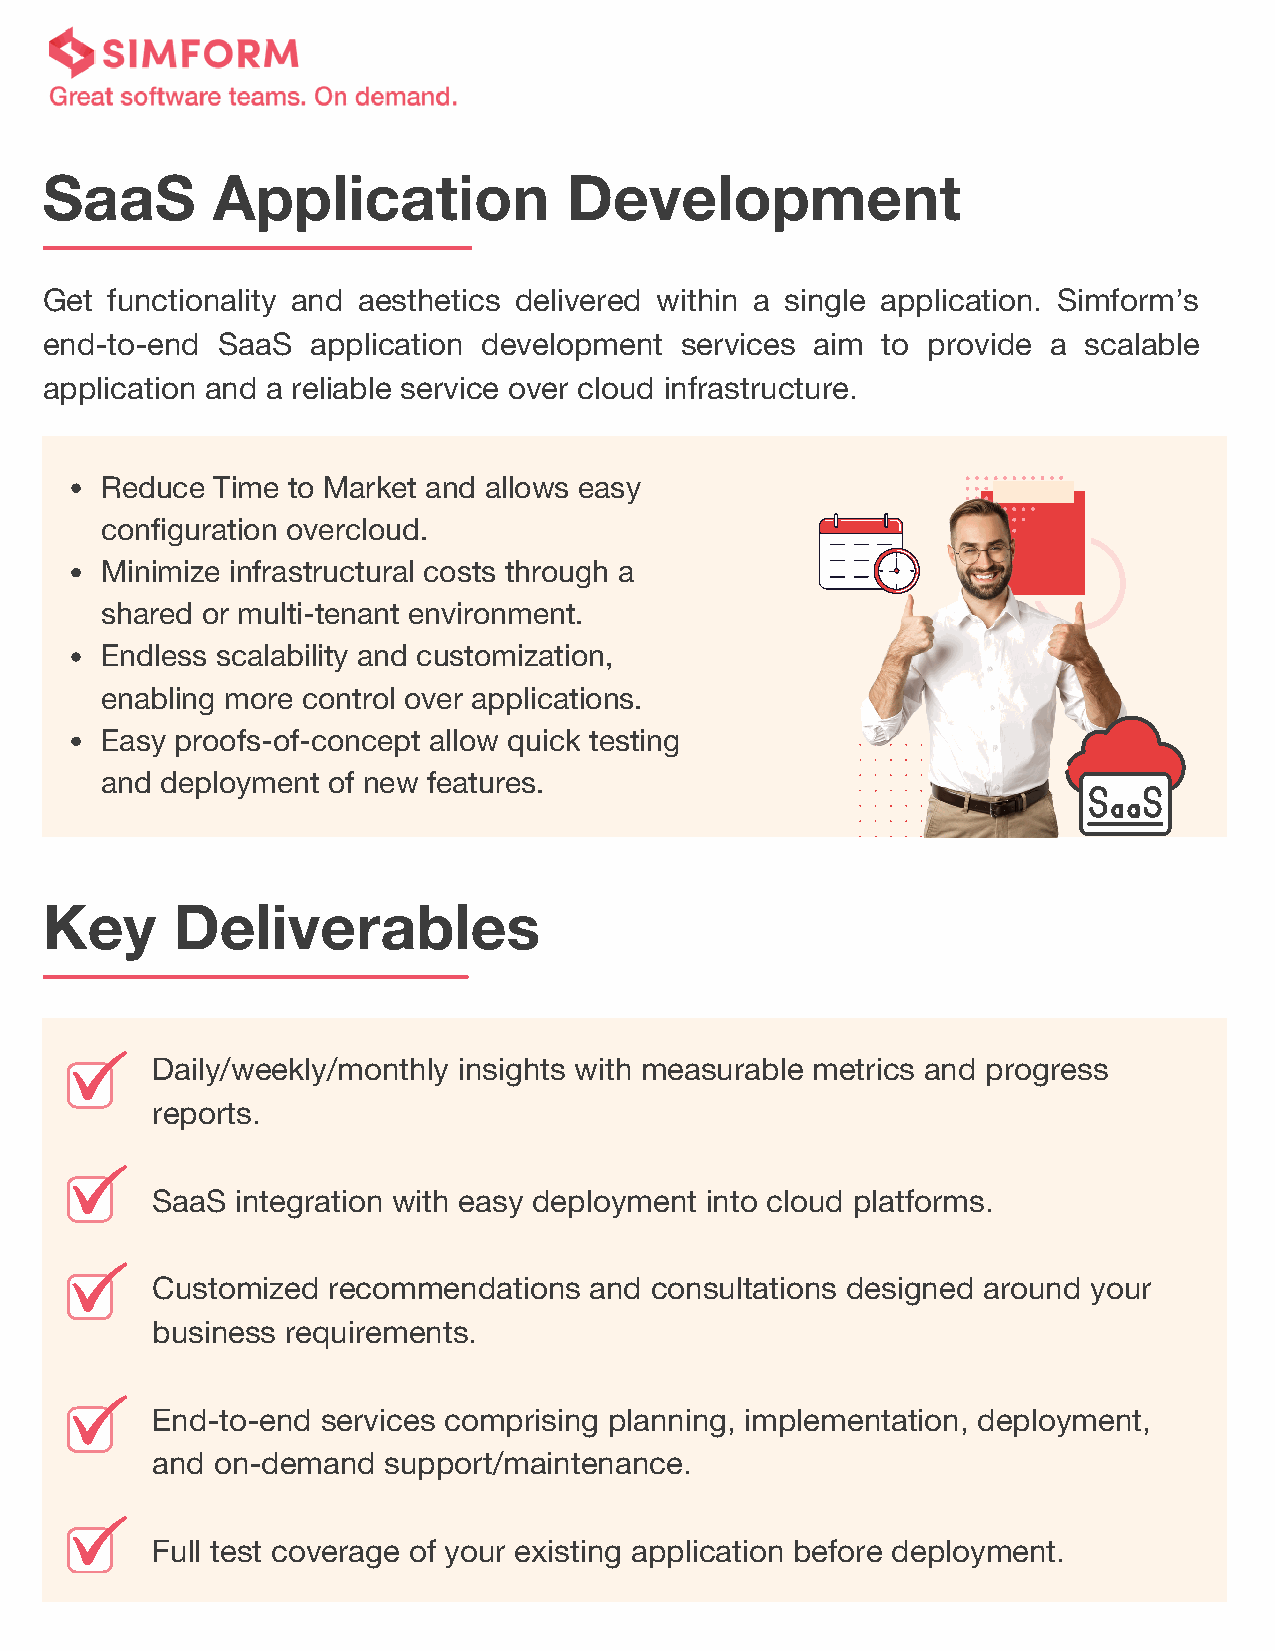
SaaS       Application             Development
 Get functionality and aesthetics delivered within a single application. Simform’s
 end-to-end SaaS   application development services aim to provide  a scalable
 application and a reliable service over cloud infrastructure.
 Reduce Time to Market and allows easy
 configuration overcloud.
 Minimize infrastructural costs through a
 shared or multi-tenant environment.
 Endless scalability and customization,
 enabling more control over applications.
 Easy proofs-of-concept allow quick testing
 and deployment of new features.
 Key     Deliverables
 Daily/weekly/monthly insights with measurable metrics and progress
 reports.
 SaaS  integration with easy deployment into cloud platforms.
 Customized  recommendations  and consultations designed around your
 business requirements.
 End-to-end services comprising planning, implementation, deployment,
 and on-demand  support/maintenance.
 Full test coverage of your existing application before deployment.